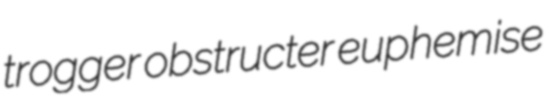
trogger obstructer euphemise